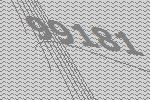
99181